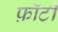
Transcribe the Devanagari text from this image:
फ़ॉर्टी